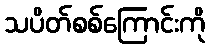
သပိတ်စစ်ကြောင်းကို